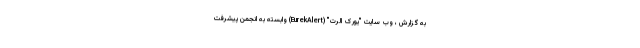
به گزارش ، وب سایت "یورک الرت" (EurekAlert) وابسته به انجمن پیشرفت